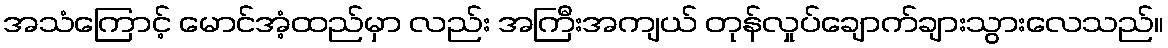
အသံကြောင့် မောင်အံ့ထည်မှာ လည်း အကြီးအကျယ် တုန်လှုပ်ချောက်ချားသွားလေသည်။